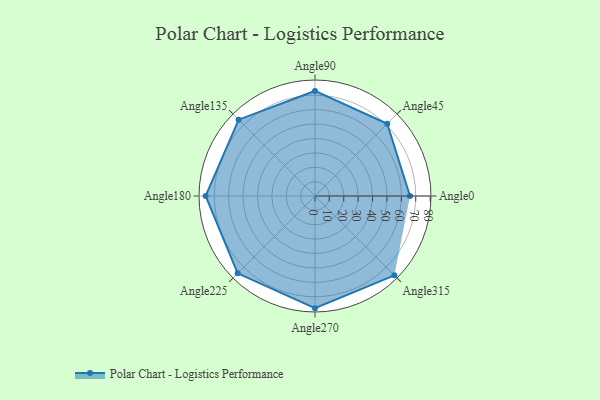
{"axis": {"x": "Angle", "y": "Radius"}, "legend": [""], "data": [{"x": "Angle0", "y": 66.0, "type": ""}, {"x": "Angle45", "y": 71.0, "type": ""}, {"x": "Angle90", "y": 73.0, "type": ""}, {"x": "Angle135", "y": 75.0, "type": ""}, {"x": "Angle180", "y": 76.0, "type": ""}, {"x": "Angle225", "y": 76.0, "type": ""}, {"x": "Angle270", "y": 78.0, "type": ""}, {"x": "Angle315", "y": 78.0, "type": ""}]}